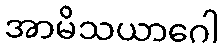
အာမိသယာဂေါ